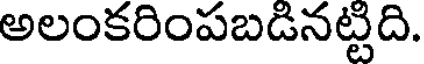
అలంకరింపబడినట్టిది.